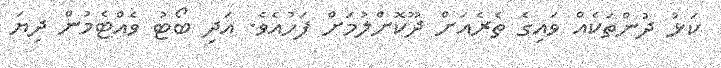
ކަޅު ދުންތަކެއް ވައިގެ ތެރެއަށް ދޫކޮށްލުމަށް ފަހުއެވެ. އަދި ބޯޓު ވެއްޓެމުން ދިޔަ